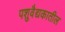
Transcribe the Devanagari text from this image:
पशुवैद्यकातील